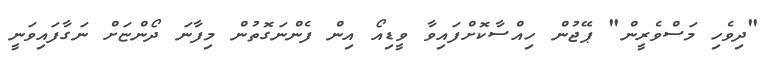
"ދިވެހި މަސްވެރީން" ޕޭޖުން ހިއްސާކޮށްފައިވާ ވީޑިއޯ އިން ފެންނަގޮތުން މިފާނަ ދޯންޏަށް ނަގާފައިވަނީ